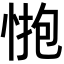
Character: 𢛺